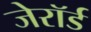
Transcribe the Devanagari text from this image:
जेरॉर्ड